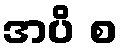
အပိ စ